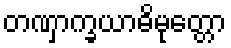
တဏှာက္ခယာဓိမုတ္တော